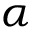
\alpha